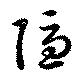
隱